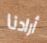
أرادنا